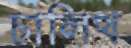
চালিথ